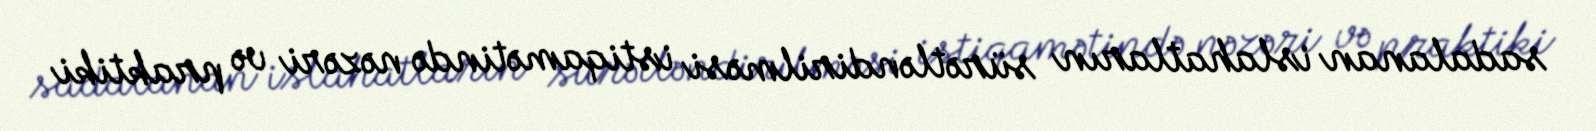
sadalanan islahatların sürətləndirilməsi istiqamətində nəzəri və praktiki